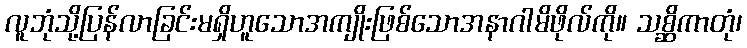
လူဘုံသို့ပြန်လာခြင်းမရှိဟူသောအကျိုးဖြစ်သောအနာဂါမိဖိုလ်ကို။ သစ္ဆိကာတုံ၊